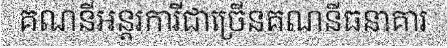
គណនីអន្តរការីជាច្រើនគណនីធនាគារ